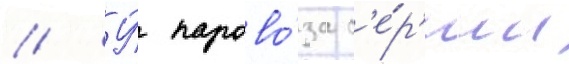
// У́ парово́за с'е́р'ии